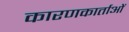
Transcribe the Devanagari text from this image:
कारणकार्ताओं